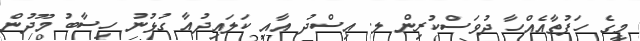
މީގެ ހަފުތާއެއްހާ ދުވަސްކުރިން ލ. އިސްދު އާއި ކަލައިދުއާ ގުޅުނު ހިސާބު މޫދުން